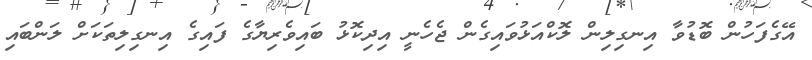
އޭގެފަހުން ބޮޑުވާ އިނގިލިން ލޮކްއަޅުވައިގެން ޖެހެނީ އިދިކޮޅު ބައިވެރިޔާގެ ފައިގެ އިނގިލިތަކަށް ލަންބައި